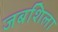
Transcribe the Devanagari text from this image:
जबशिला